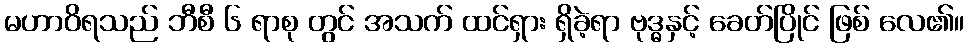
မဟာဝိရသည် ဘီစီ ၆ ရာစု တွင် အသက် ထင်ရှား ရှိခဲ့ရာ ဗုဒ္ဓနှင့် ခေတ်ပြိုင် ဖြစ် လေ၏။